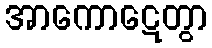
အာကောဋေတွာ